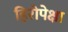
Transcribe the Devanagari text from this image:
हिरोपेक्षा